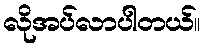
လိုအပ်လာပါတယ်။